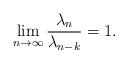
LaTeX: \begin{align*}\lim_{n \to \infty}\frac{ \lambda_n}{\lambda_{n-k}}= 1.\end{align*}